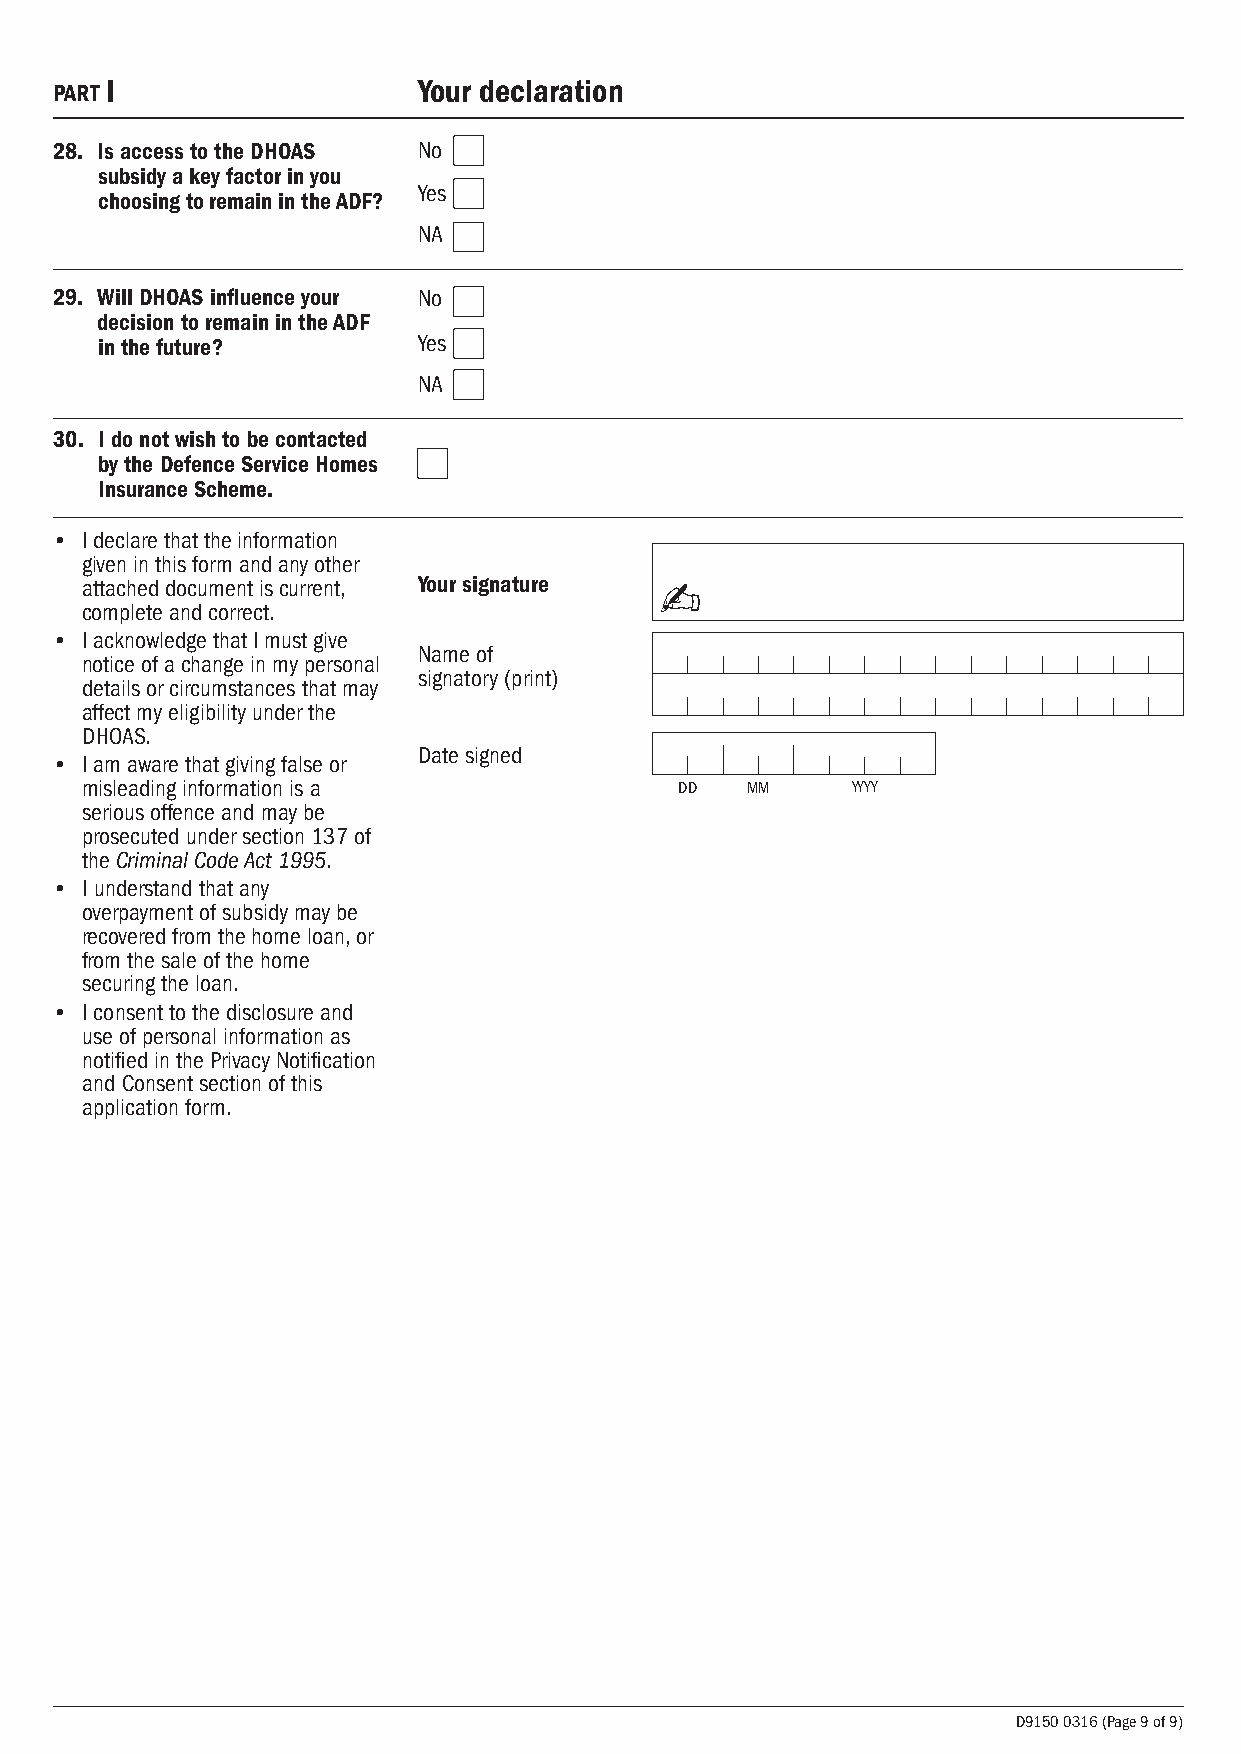
PART
 I                    Your declaration
 28. Is access to the DHOAS No
 subsidy a key factor in you
 Yes
 choosing to remain in the ADF?
 NA
 29. Will DHOAS influence your No
 decision to remain in the ADF
 in the future?        Yes
 NA
 30. I do not wish to be contacted
 by the Defence Service Homes
 Insurance Scheme.
 • I declare that the information
 given in this form and any other
 attached document is current, Your signature ✍
 complete and correct.
 • I acknowledge that I must give
 Name of
 notice of a change in my personal
 signatory (print)
 details or circumstances that may
 affect my eligibility under the
 DHOAS.
 Date signed
 • I am aware that giving false or
 misleading information is a             DD  MM     YYYY
 serious offence and may be
 prosecuted under section 137 of
 the Criminal Code Act 1995.
 • I understand that any
 overpayment of subsidy may be
 recovered from the home loan, or
 from the sale of the home
 securing the loan.
 • I consent to the disclosure and
 use of personal information as
 notified in the Privacy Notification
 and Consent section of this
 application form.
 D9150 0316 (Page 9 of 9)